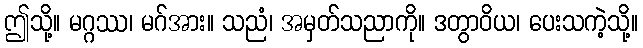
ဤသို့။ မဂ္ဂဿ၊ မဂ်အား။ သညံ၊ အမှတ်သညာကို။ ဒတွာဝိယ၊ ပေးသကဲ့သို့။